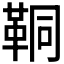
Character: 𩊗